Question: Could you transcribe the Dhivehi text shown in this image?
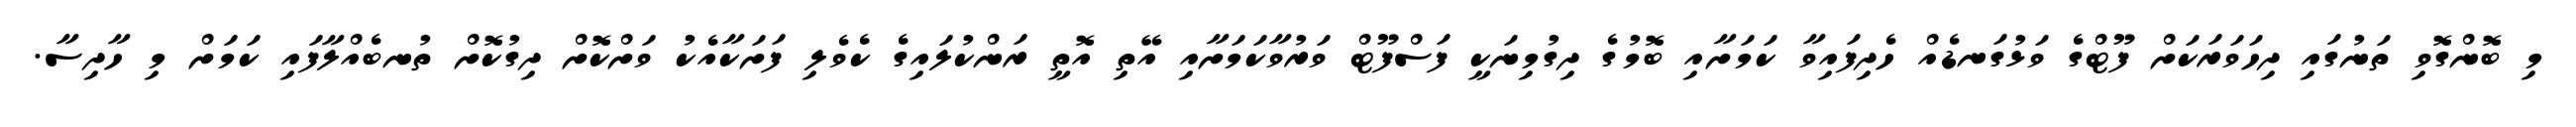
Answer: މި ބޮންގޮވި ތަނުގައި ދިހަވަރަކަށް ފޫޓްގެ ވަޅުގަނޑެއް ހެދިފައިވާ ކަމަށާއި ބޮމުގެ ދިގުމިނަކީ ފަސްފޫޓް ވަރުވާކަމަށާއި އޭތި އޮތީ ރަންކުލައިގެ ކެވެލި ފަށަކާއެކު ވަށްކޮށް ދިގުކޮށް ތުނބެއްލާފައި ކަމަށް މި ހާދިސާ.